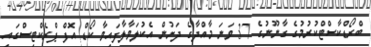
ބްރޯޑްކާސްޓްކުރުމުގެ ގާނޫނުގެ 37 ވަނަ މާއްދާގެ ދަށުން އެކުލަވާލާފައިވާ ކޯޑް އޮފް ޕްރެކްޓިސްގައި